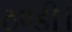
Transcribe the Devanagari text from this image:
ठण्डी।